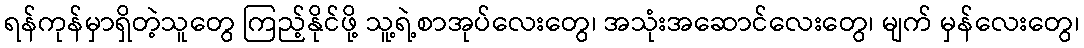
ရန်ကုန်မှာရှိတဲ့သူတွေ ကြည့်နိုင်ဖို့ သူ့ရဲ့စာအုပ်လေးတွေ၊ အသုံးအဆောင်လေးတွေ၊ မျက် မှန်လေးတွေ၊